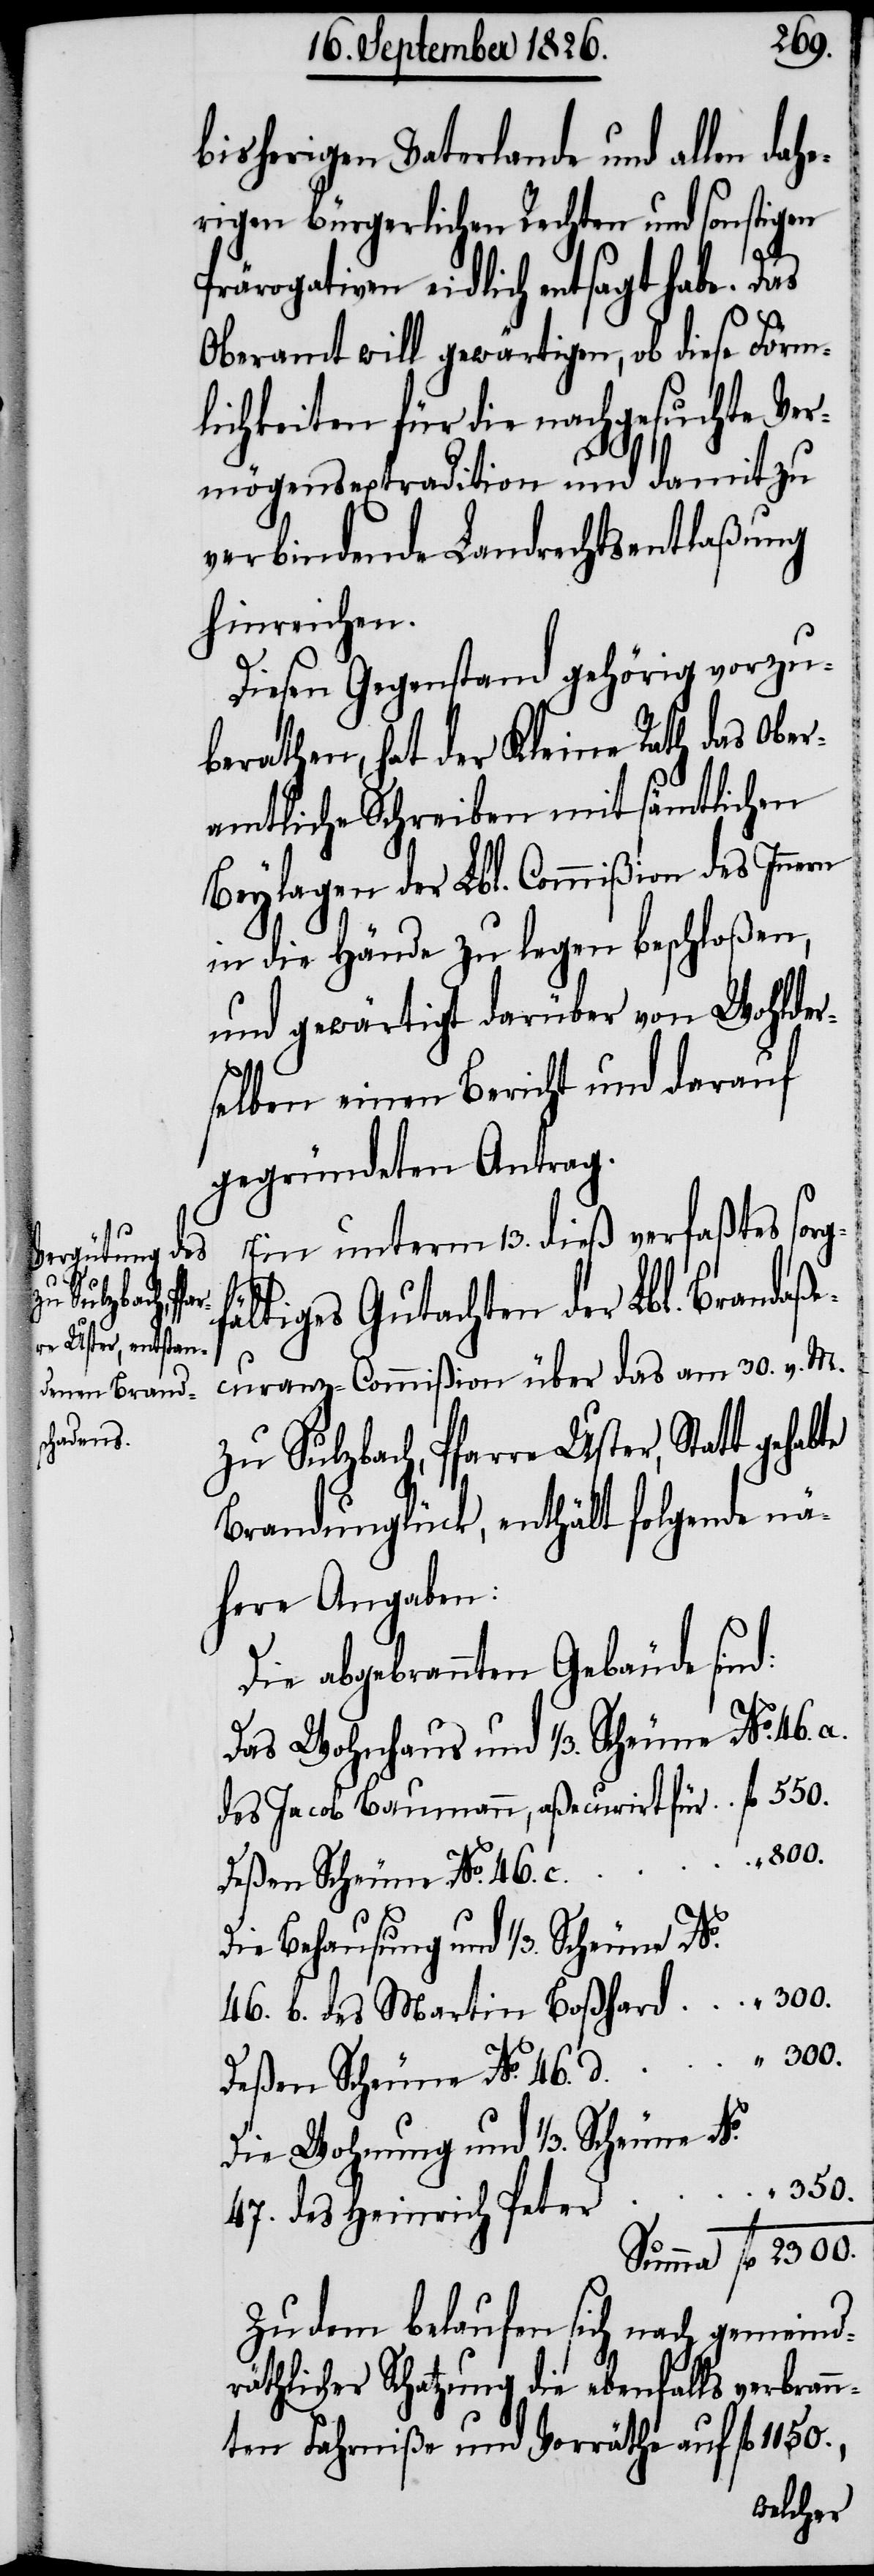
bisherigen Vaterlande und allen dahe¬
rigen bürgerlichen Rechten und sonstigen
fl.
Prärogativen eidlich entsagt habe. Das
Oberamt will gewärtigen, ob diese Förm¬
lichkeiten für die nachgesuchte Ve¬
rmögensextradition und damit zu
verbindende Landrechtsentlaßung
hinreichen.
Diesen Gegenstand gehörig vorzu¬
berathen, hat der Kleine Rath das Ober¬
amtliche Schreiben mit sämtlichen
Beylagen der Lbl. Commißion des Innern
in die Hände zu legen beschloßen,
und gewärtigt darüber von Wohlder¬
selben einen Bericht und darauf
gegründeten Antrag.
Ein unterm 13. dies verfaßtes sorg¬
fältiges Gutachten der Lbl. Brandaße¬
curanz-Commißion über das am 30. v. M.
zu Sulzbach, Pfarre Uster, Statt gehabte
Brandunglück, enthält folgende nä¬
here Angaben:
Die Abgebrannten Gebäude sind:
Das Wohnhaus und 1/3. Scheune No. 46. a.
des Jacob Baumann, aßecurirt für
800.
Deßen Scheune No. 46. c.
2300.
46. b. des Martin Boßhard
“ 300.
Die Wohnung und 1/3. Scheune No.
“ 350.
47. des Heinrich Peter
Zu dem belaufen sich nach gemeind¬
räthlicher Schatzung die ebenfalls verbrann¬
ten Fahrniße und Vorräthe auf fl. 1150.,